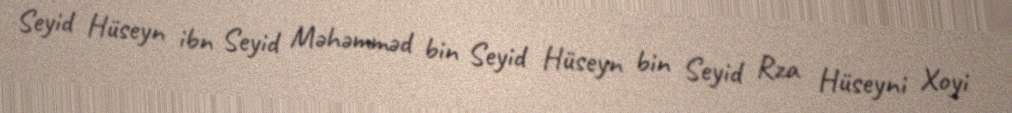
Seyid Hüseyn ibn Seyid Məhəmməd bin Seyid Hüseyn bin Seyid Rza Hüseyni Xoyi